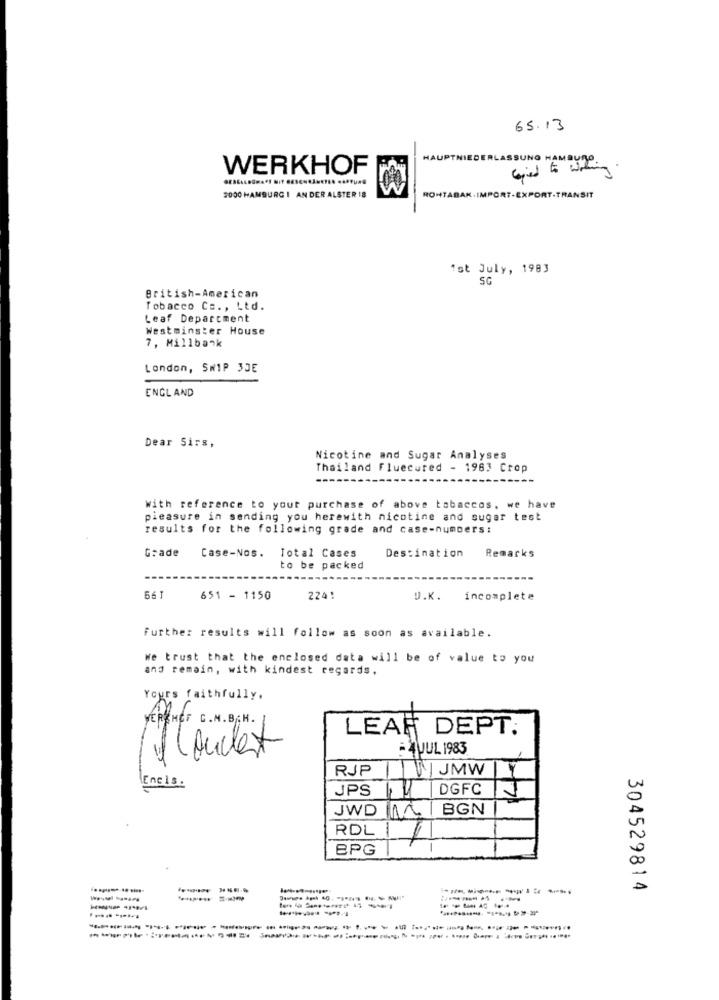
65.13
WERKHOF
HAUPTNIEDERLASSUNG HAMBURG
copied to waking .
2000 HAMBURG 1 AN DER ALSTER 18
ROHTABAK. IMPORT-EXPORT.TRANSIT
1st July, 1983
SG
British-American
Tobacco Co ., Ltd.
Leaf Department
Westminster House
7, Millbank
London, SHIP 3DE
ENGLAND
Dear Sirs,
Nicotine and Sugar Analyses
Thailand Fluecured - 1963 Crop
with reference to your purchase of above tobaccos, we have
pleasure in sending you herewith nicotine and sugar test
results for the following grade and case-numbers:
Grade
Destination
Remarks
Case-Nos.
Total Cases
to be packed
56
651 - 1150
224!
D.K.
incomplete
Further results will follow as soon as available.
We trust that the enclosed data will be of value to you
and remain, with kindest regards.
Yours faithfully.
VERTHET G.M.B.H.
LEAF DEPT.
3
- 4 JUL 1983
l'ouest
RJP
JMW
Encis.
JPS
DGFC
JWD 1.
BGN
RDL 1
1
BPG
304529814
-----